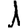
Digit: 1